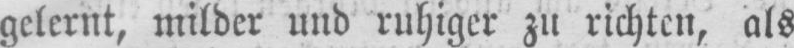
gelernt, milder und ruhiger zu richten, als